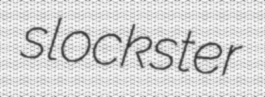
slockster